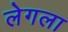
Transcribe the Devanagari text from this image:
लेगला